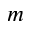
m